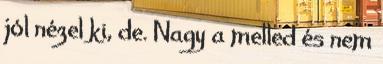
jól nézel ki, de. Nagy a melled és nem